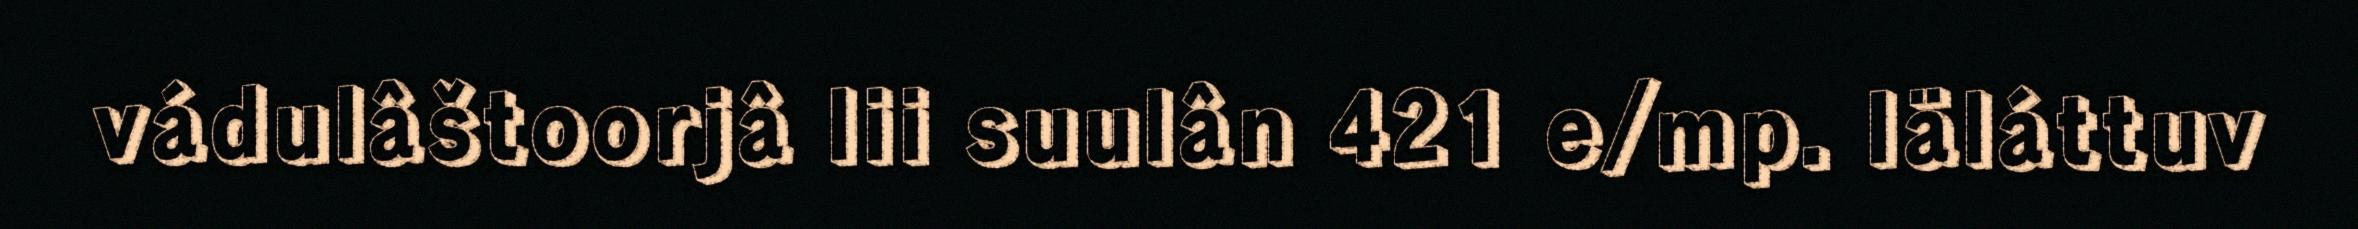
vádulâštoorjâ lii suulân 421 e/mp. Iäláttuv